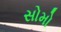
સોમો